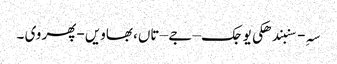
سہِ-سنبندھکی یوجک – جے – تاں، بھاویں -پھر وی ۔